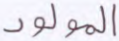
المولود